Annual returns of the Patna Lunatic Asylum at Bankipore in Bihar and Orissa - 1912-1924
Year: 1912
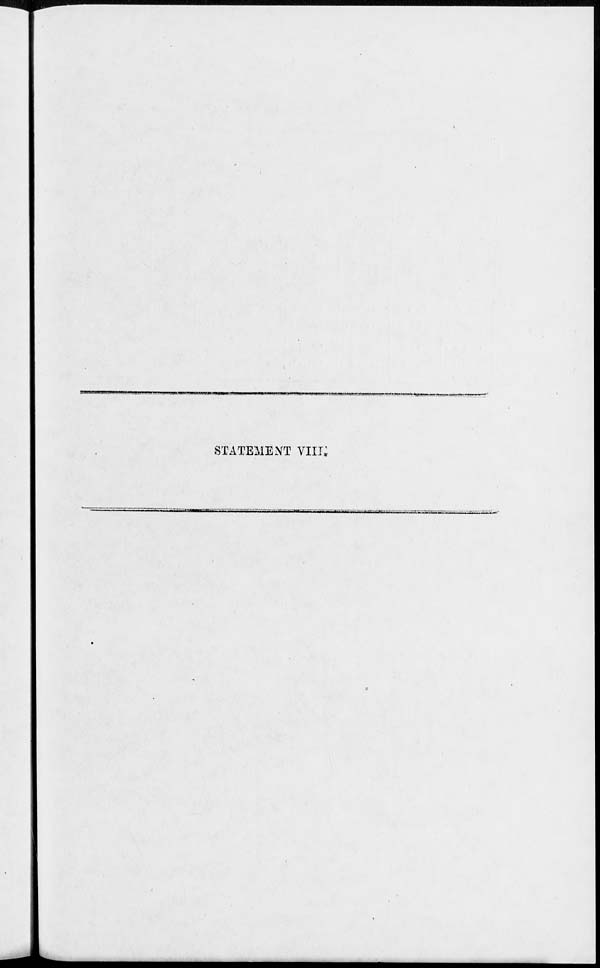
STATEMENT VIII.